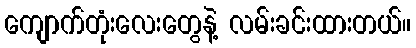
ကျောက်တုံးလေးတွေနဲ့ လမ်းခင်းထားတယ်။